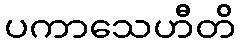
ပကာသေဟီတိ